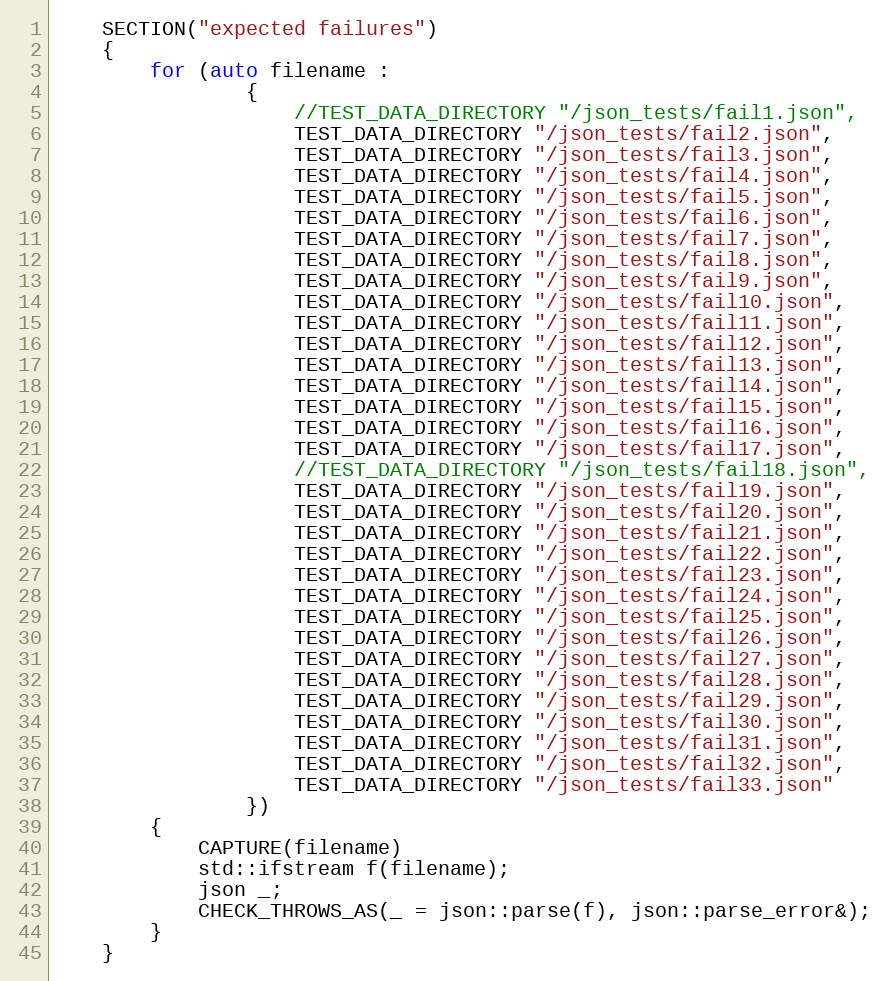
Language: C++
    SECTION("expected failures")
    {
        for (auto filename :
                {
                    //TEST_DATA_DIRECTORY "/json_tests/fail1.json",
                    TEST_DATA_DIRECTORY "/json_tests/fail2.json",
                    TEST_DATA_DIRECTORY "/json_tests/fail3.json",
                    TEST_DATA_DIRECTORY "/json_tests/fail4.json",
                    TEST_DATA_DIRECTORY "/json_tests/fail5.json",
                    TEST_DATA_DIRECTORY "/json_tests/fail6.json",
                    TEST_DATA_DIRECTORY "/json_tests/fail7.json",
                    TEST_DATA_DIRECTORY "/json_tests/fail8.json",
                    TEST_DATA_DIRECTORY "/json_tests/fail9.json",
                    TEST_DATA_DIRECTORY "/json_tests/fail10.json",
                    TEST_DATA_DIRECTORY "/json_tests/fail11.json",
                    TEST_DATA_DIRECTORY "/json_tests/fail12.json",
                    TEST_DATA_DIRECTORY "/json_tests/fail13.json",
                    TEST_DATA_DIRECTORY "/json_tests/fail14.json",
                    TEST_DATA_DIRECTORY "/json_tests/fail15.json",
                    TEST_DATA_DIRECTORY "/json_tests/fail16.json",
                    TEST_DATA_DIRECTORY "/json_tests/fail17.json",
                    //TEST_DATA_DIRECTORY "/json_tests/fail18.json",
                    TEST_DATA_DIRECTORY "/json_tests/fail19.json",
                    TEST_DATA_DIRECTORY "/json_tests/fail20.json",
                    TEST_DATA_DIRECTORY "/json_tests/fail21.json",
                    TEST_DATA_DIRECTORY "/json_tests/fail22.json",
                    TEST_DATA_DIRECTORY "/json_tests/fail23.json",
                    TEST_DATA_DIRECTORY "/json_tests/fail24.json",
                    TEST_DATA_DIRECTORY "/json_tests/fail25.json",
                    TEST_DATA_DIRECTORY "/json_tests/fail26.json",
                    TEST_DATA_DIRECTORY "/json_tests/fail27.json",
                    TEST_DATA_DIRECTORY "/json_tests/fail28.json",
                    TEST_DATA_DIRECTORY "/json_tests/fail29.json",
                    TEST_DATA_DIRECTORY "/json_tests/fail30.json",
                    TEST_DATA_DIRECTORY "/json_tests/fail31.json",
                    TEST_DATA_DIRECTORY "/json_tests/fail32.json",
                    TEST_DATA_DIRECTORY "/json_tests/fail33.json"
                })
        {
            CAPTURE(filename)
            std::ifstream f(filename);
            json _;
            CHECK_THROWS_AS(_ = json::parse(f), json::parse_error&);
        }
    }